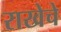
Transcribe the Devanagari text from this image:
राखेचे